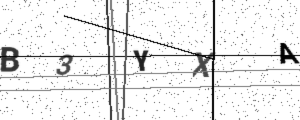
Text: B3YXA